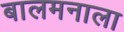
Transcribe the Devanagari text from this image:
बालमनाला